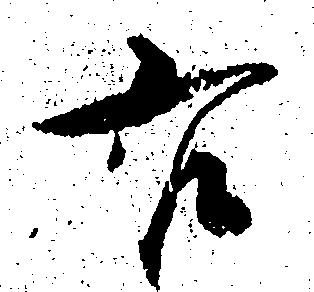
右